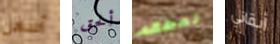
أسهل ألحق لمطعم أبقاني